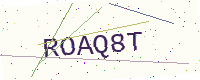
Text: ROAQ8T